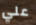
علي